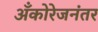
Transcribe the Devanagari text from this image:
अँकोरेजनंतर